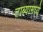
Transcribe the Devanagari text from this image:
ताब्यामध्ये